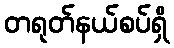
တရုတ်နယ်စပ်ရှိ